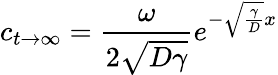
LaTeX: c_{t\rightarrow\infty}=\frac{\omega}{2\sqrt{D\gamma}}e^{-\sqrt{\frac{\gamma}{D}}x}